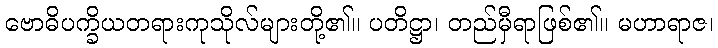
ဗောဓိပက္ခိယတရားကုသိုလ်များတို့၏။ ပတိဋ္ဌာ၊ တည်မှီရာဖြစ်၏။ မဟာရာဇ၊